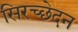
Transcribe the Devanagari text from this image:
सिरच्छेदन